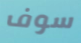
سوف